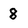
Character: 8